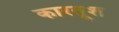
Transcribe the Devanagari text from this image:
कारतूश